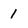
Character: 1